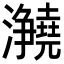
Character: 𪸊